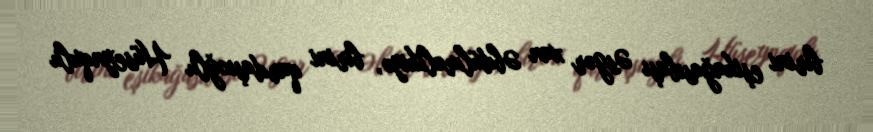
birini eşikağasıbaşı Əsgər xan Əbdülməlikiyə, birini qardaşıoğlu Hüseynqulu